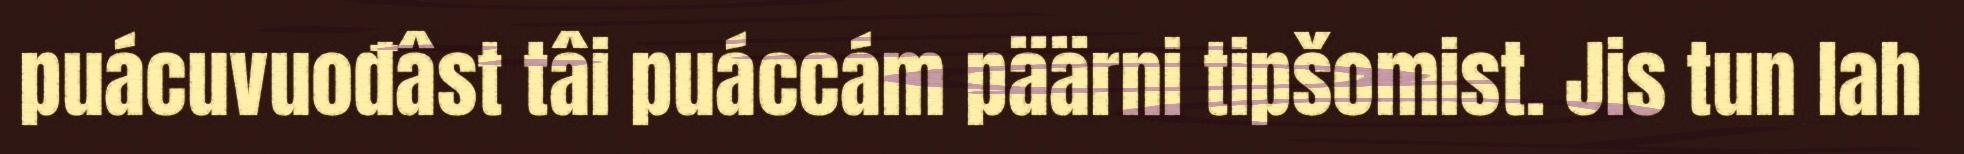
puácuvuođâst tâi puáccám päärni tipšomist. Jis tun lah